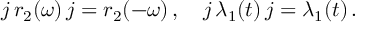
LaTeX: j \, r _ { 2 } ( \omega ) \, j = r _ { 2 } ( - \omega ) \, , \quad j \, \lambda _ { 1 } ( t ) \, j = \lambda _ { 1 } ( t ) \, .